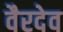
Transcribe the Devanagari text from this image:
वैरदेव